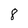
Character: 8